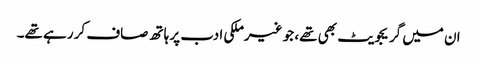
ان میں گریجویٹ بھی تھے، جو غیرملکی ادب پر ہاتھ صاف کر رہے تھے۔